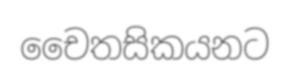
චෛතසිකයනට